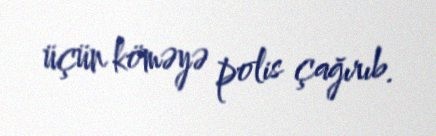
üçün köməyə polis çağırıb.